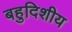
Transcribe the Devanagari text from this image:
बहुदिशीय